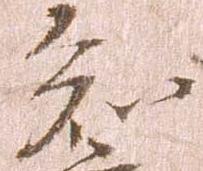
知